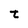
Character: t